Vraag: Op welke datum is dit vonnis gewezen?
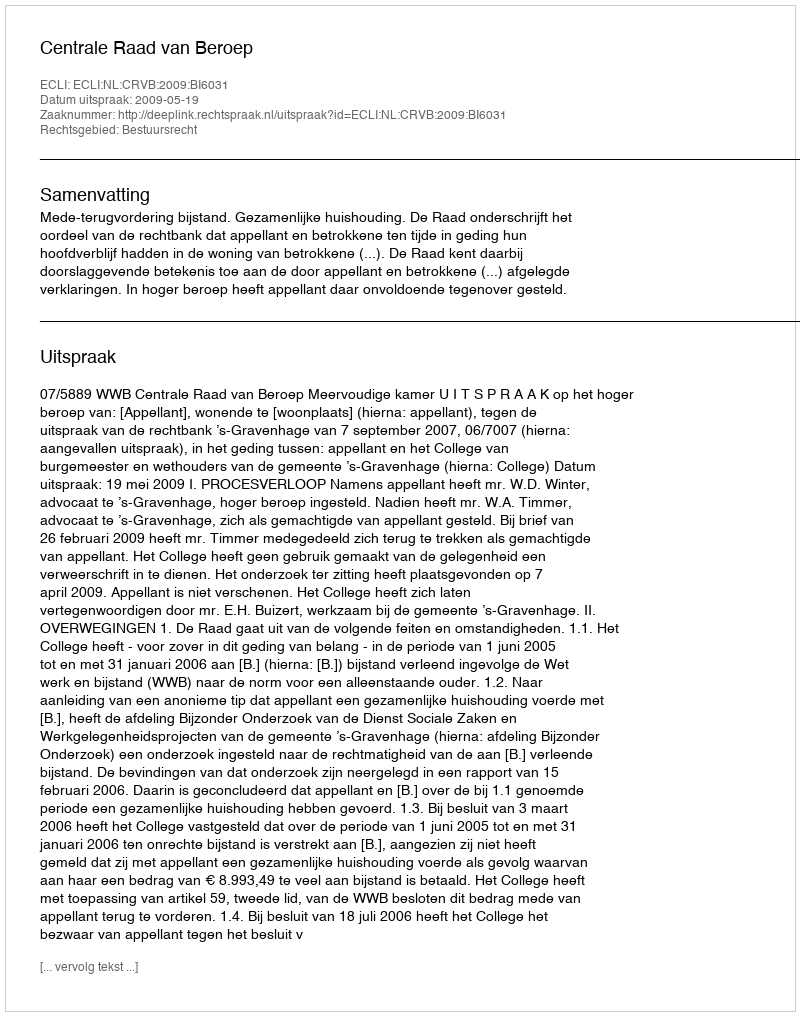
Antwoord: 2009-05-19